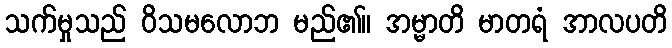
သက်မှုသည် ဝိသမလောဘ မည်၏။ အမ္မာတိ မာတရံ အာလပတိ